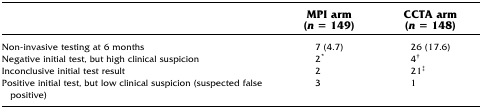
<table><thead><tr><td></td><td><b>MPI arm (<i>n</i> = 149)</b></td><td><b>CCTA arm (<i>n</i> = 148)</b></td></tr></thead><tbody><tr><td>Non-invasive testing at 6 months</td><td>7 (4.7)</td><td>26 (17.6)</td></tr><tr><td>Negative initial test, but high clinical suspicion</td><td>2<sup>*</sup></td><td>4<sup>†</sup></td></tr><tr><td>Inconclusive initial test result</td><td>2</td><td>21<sup>‡</sup></td></tr><tr><td>Positive initial test, but low clinical suspicion (suspected false positive)</td><td>3</td><td>1</td></tr></tbody></table>